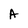
Character: A